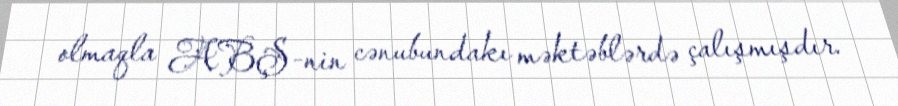
olmaqla ABŞ-nin cənubundakı məktəblərdə çalışmışdır.